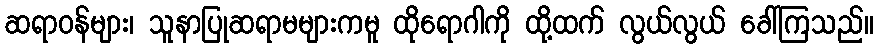
ဆရာဝန်များ၊ သူနာပြုဆရာမများကမူ ထိုရောဂါကို ထို့ထက် လွယ်လွယ် ခေါ်ကြသည်။